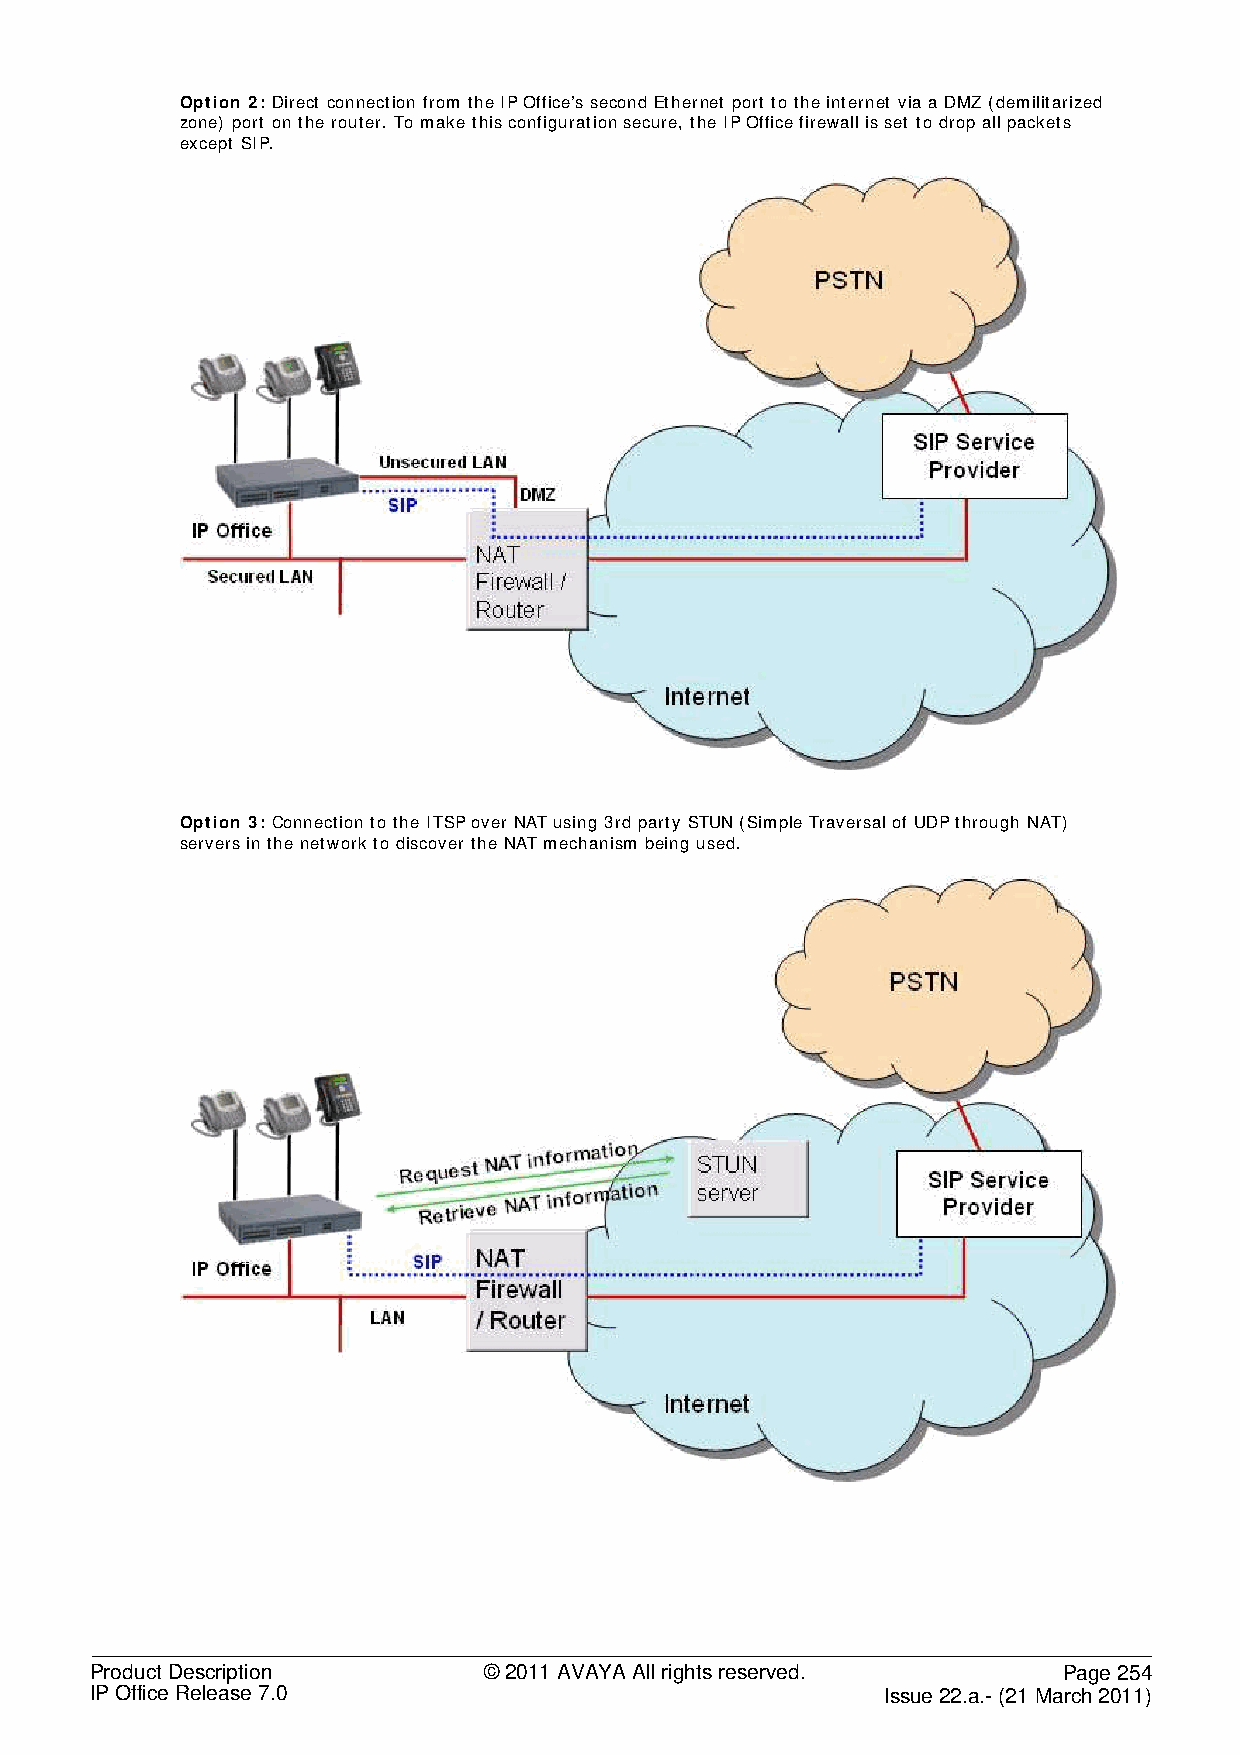
Option 2: Direct connection from the IP Office’s second Ethernet port to the internet via a DMZ (demilitarized
 zone) port on the router. To make this configuration secure, the IP Office firewall is set to drop all packets
 except SIP.
 Option 3: Connection to the ITSP over NAT using 3rd party STUN (Simple Traversal of UDP through NAT)
 servers in the network to discover the NAT mechanism being used.
 Product Description       © 2011 AVAYA All rights reserved.     Page 254
 IP Office Release 7.0                                Issue 22.a.- (21 March 2011)